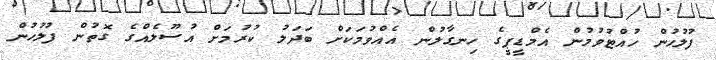
ފުލުހުން ހުއްޓުވުމުން އެމްޑީޕީގެ ހިނގާލުން އެއްވުމަކަށް ބަދަލު ކުރުމަށް އުސޫލެއްގެ ގޮތުން ފުލުހުން